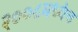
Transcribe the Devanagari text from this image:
२००८मध्येच